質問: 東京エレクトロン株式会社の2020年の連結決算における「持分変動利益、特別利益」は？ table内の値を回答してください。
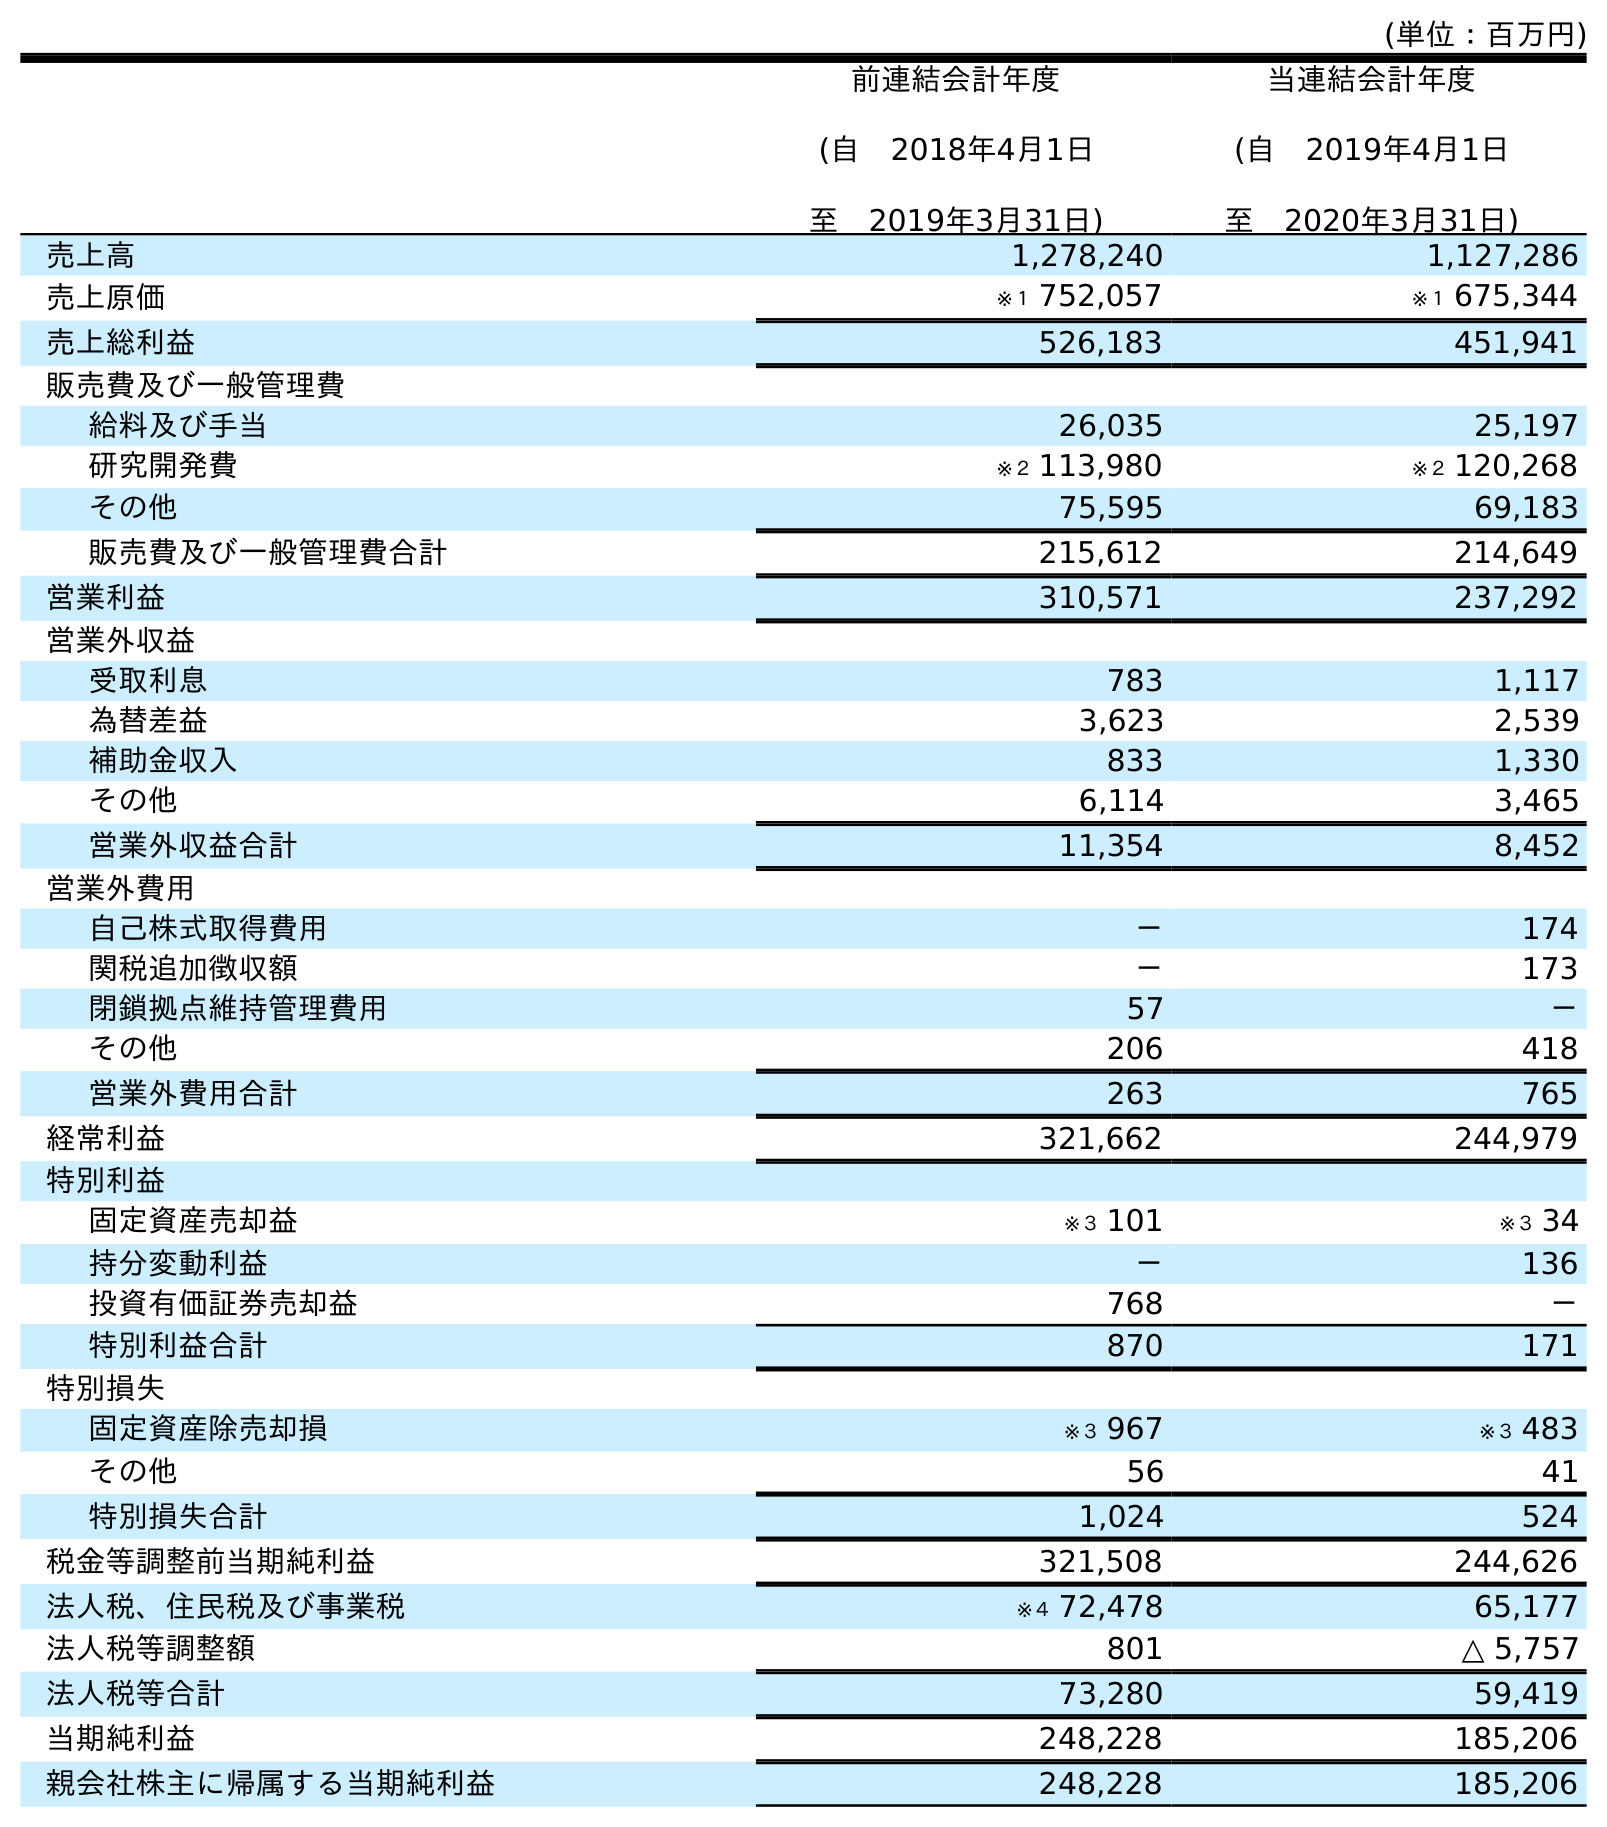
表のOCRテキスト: (単位：百万円) 前連結会計年度 (自 2018年4月1日 至 2019年3月31日) 当連結会計年度 (自 2019年4月1日 至 2020年3月31日) 売上高 1,278,240 1,127,286 売上原価 ※１ 752,057 ※１ 675,344 売上総利益 526,183 451,941 販売費及び一般管理費 給料及び手当 26,035 25,197 研究開発費 ※２ 113,980 ※２ 120,268 その他 75,595 69,183 販売費及び一般管理費合計 215,612 214,649 営業利益 310,571 237,292 営業外収益 受取利息 783 1,117 為替差益 3,623 2,539 補助金収入 833 1,330 その他 6,114 3,465 営業外収益合計 11,354 8,452 営業外費用 自己株式取得費用 － 174 関税追加徴収額 － 173 閉鎖拠点維持管理費用 57 － その他 206 418 営業外費用合計 263 765 経常利益 321,662 244,979 特別利益 固定資産売却益 ※３ 101 ※３ 34 持分変動利益 － 136 投資有価証券売却益 768 － 特別利益合計 870 171 特別損失 固定資産除売却損 ※３ 967 ※３ 483 その他 56 41 特別損失合計 1,024 524 税金等調整前当期純利益 321,508 244,626 法人税、住民税及び事業税 ※４ 72,478 65,177 法人税等調整額 801 △ 5,757 法人税等合計 73,280 59,419 当期純利益 248,228 185,206 親会社株主に帰属する当期純利益 248,228 185,206
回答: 136